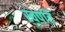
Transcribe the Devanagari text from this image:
स्वपतिं